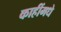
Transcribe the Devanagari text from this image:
काहींमधे